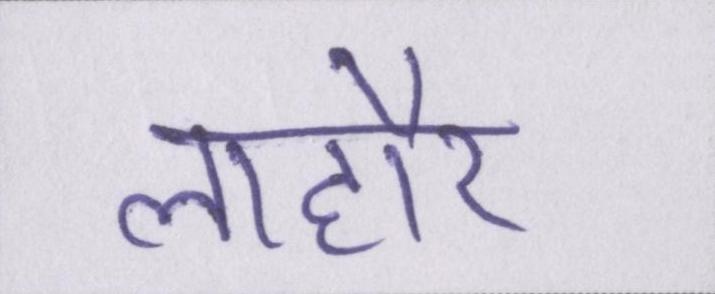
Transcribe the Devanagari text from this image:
लाहौर